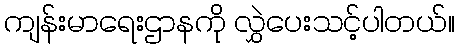
ကျန်းမာရေးဌာနကို လွှဲပေးသင့်ပါတယ်။